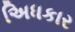
અિધકાર